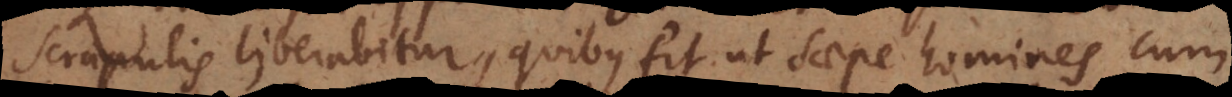
scrupulis liberabitur, quibus fit ut saepe homines cum